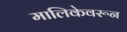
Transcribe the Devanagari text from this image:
मालिकेवरून